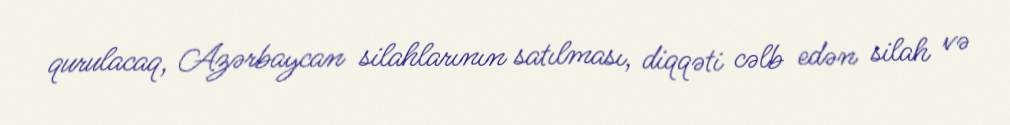
qurulacaq, Azərbaycan silahlarının satılması, diqqəti cəlb edən silah və